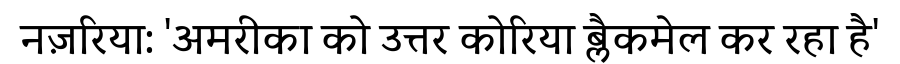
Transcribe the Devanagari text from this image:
नज़रिया: 'अमरीका को उत्तर कोरिया ब्लैकमेल कर रहा है'